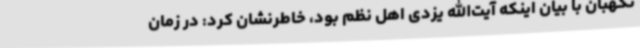
نگهبان با بیان اینکه آیت‌الله یزدی اهل نظم بود، خاطرنشان کرد: در زمان